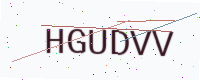
Text: HGUDVV